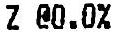
Z @0.0%